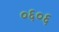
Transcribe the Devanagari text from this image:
०६०६